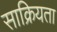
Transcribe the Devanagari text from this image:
साक्रियता